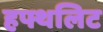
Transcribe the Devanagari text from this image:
हफ्थलिट